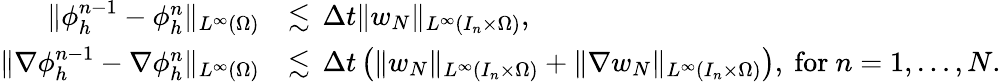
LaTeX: \begin{array}{rl}{\| \phi_{h}^{n-1}-\phi_{h}^{n}\| _{L^{\infty}(\Omega)}}&{\lesssim\, \Delta t\| {w_{N}}\| _{L^{\infty}(I_{n}\times\Omega)},}\\ {\| \nabla\phi_{h}^{n-1}-\nabla\phi_{h}^{n}\| _{L^{\infty}(\Omega)}}&{\lesssim\, \Delta t\left(\| {w_{N}}\| _{L^{\infty}(I_{n}\times\Omega)}+\| \nabla{w_{N}}\| _{L^{\infty}(I_{n}\times\Omega)}\right),\mathrm{~for~}n=1,\dots,N.}\end{array}